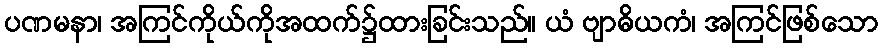
ပဏမနာ၊ အကြင်ကိုယ်ကိုအထက်၌ထားခြင်းသည်။ ယံ ဗျာဓိယကံ၊ အကြင်ဖြစ်သော